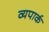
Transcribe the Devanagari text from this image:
व्यपार्क